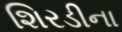
શિરડીના